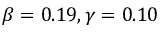
\beta = 0 . 1 9 , \gamma = 0 . 1 0